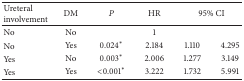
<table><thead><tr><td><b>Ureteral involvement</b></td><td><b>DM</b></td><td><b><i>P </i></b></td><td><b>HR</b></td><td colspan="2"><b>95% CI</b></td></tr></thead><tbody><tr><td>No</td><td>No</td><td> </td><td>1</td><td> </td><td> </td></tr><tr><td>No</td><td>Yes</td><td>0.024<sup>*</sup></td><td>2.184</td><td>1.110</td><td>4.295</td></tr><tr><td>Yes</td><td>No</td><td>0.003<sup>*</sup></td><td>2.006</td><td>1.277</td><td>3.149</td></tr><tr><td>Yes</td><td>Yes</td><td>&lt;0.001<sup>*</sup></td><td>3.222</td><td>1.732</td><td>5.991</td></tr></tbody></table>